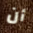
أن